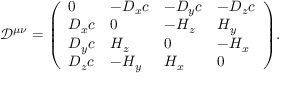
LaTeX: { \mathcal { D } } ^ { \mu \nu } = { \left( \begin{array} { l l l l } { 0 } & { - D _ { x } c } & { - D _ { y } c } & { - D _ { z } c } \\ { D _ { x } c } & { 0 } & { - H _ { z } } & { H _ { y } } \\ { D _ { y } c } & { H _ { z } } & { 0 } & { - H _ { x } } \\ { D _ { z } c } & { - H _ { y } } & { H _ { x } } & { 0 } \end{array} \right) } .